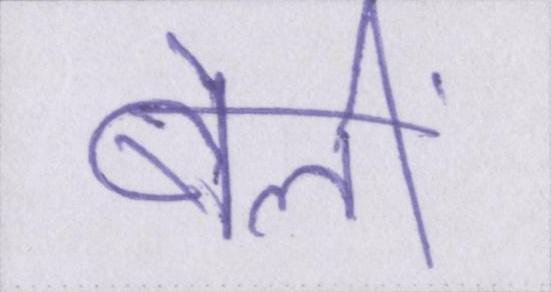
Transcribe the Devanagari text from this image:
बेलीं